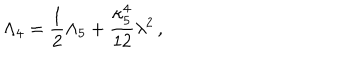
\Lambda _ { 4 } = { \frac { 1 } { 2 } } \Lambda _ { 5 } + { \frac { \kappa _ { 5 } ^ { 4 } } { 1 2 } } \lambda ^ { 2 } \, ,